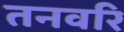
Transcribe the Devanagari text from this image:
तनवरि